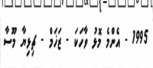
1995 - އެންމެ މޮޅު ވާހަކަ - ޒަޚަމް - ޗިޅިޔާ މޫސާ